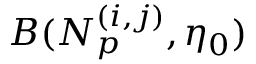
B ( N _ { p } ^ { ( i , j ) } , \eta _ { 0 } )